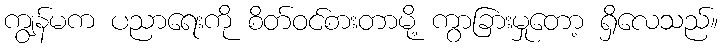
ကျွန်မက ပညာရေးကို စိတ်ဝင်စားတာမို့ ကွာခြားမှုတော့ ရှိလေသည်။